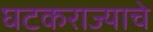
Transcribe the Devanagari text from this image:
घटकराज्याचे